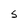
Character: S